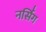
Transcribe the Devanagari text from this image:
नर्सि॑ग